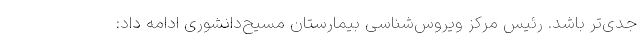
جدی‌تر باشد. رئیس مرکز ویروس‌شناسی بیمارستان مسیح‌دانشوری ادامه داد: